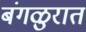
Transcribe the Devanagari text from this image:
बंगळुरात